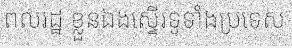
ពលរដ្ឋ ខ្លួនឯងស្ទើរទូទាំងប្រទេស